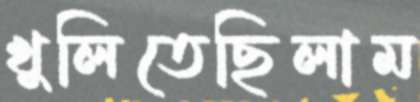
খুলিতেছিলাম